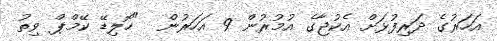
އަހަރުގެ ދަރިފުޅަށް އެކުޖާގެ އުމުރުން 9 އަހަރުން  "ހޮލިޑޭ ކޭމްޕް ވިތު